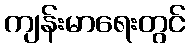
ကျန်းမာရေးတွင်